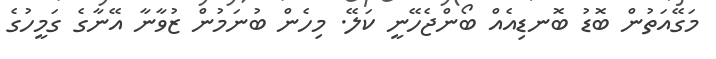
މަގޭއަތުން ބޮޑު ބޮނޑިއެއް ބޯންޖެހޭނީ ކަލޭ. މިހެން ބުނަމުން ޒުވާނާ އޭނާގެ ގަމީހުގެ